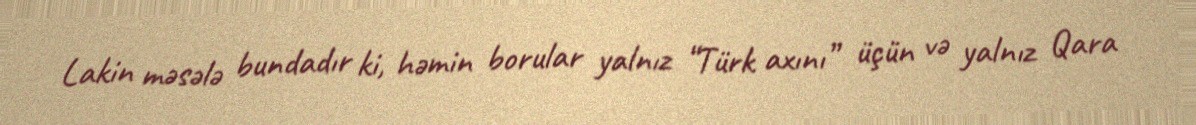
Lakin məsələ bundadır ki, həmin borular yalnız “Türk axını” üçün və yalnız Qara